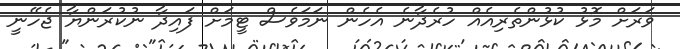
ވަރަށް މޮޅު ކުޅުންތެރިއެއް ހުރެދާނެ އެހެން ނަމަވެސް ޓީމަށް ފައިދާ ނުކުރަންޔާ ޖެހޭނީ